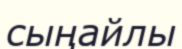
сыңайлы